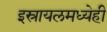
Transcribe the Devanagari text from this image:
इस्रायलमध्येही